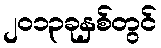
၂၀၁၃ခုနှစ်တွင်